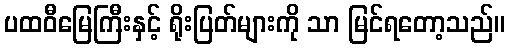
ပထဝီမြေကြီးနှင့် ရိုးပြတ်များကို သာ မြင်ရတော့သည်။